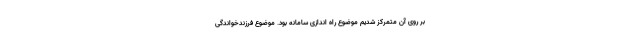
بر روی آن متمرکز شدیم موضوع راه اندازی سامانه بود. موضوع فرزندخواندگی